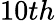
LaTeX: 10th